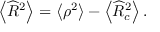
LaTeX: \left\langle \widehat { R } ^ { 2 } \right\rangle = \left\langle \rho ^ { 2 } \right\rangle - \left\langle \widehat { R } _ { c } ^ { 2 } \right\rangle .